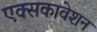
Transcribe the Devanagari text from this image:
एक्सकावेशन